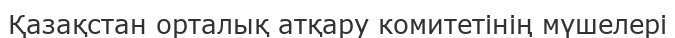
Қазақстан орталық атқару комитетінің мүшелері